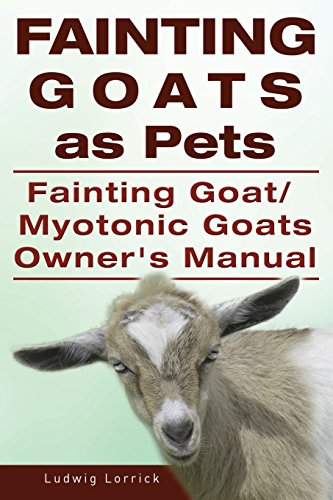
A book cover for Fainting Goats as Pets. Fainting Goat or Myotonic Goats Owners Manual; Ludwig Lorrick; Crafts, Hobbies & Home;